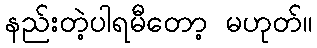
နည်းတဲ့ပါရမီတော့ မဟုတ်။